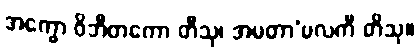
အက္ခော ဝိဘီတကော တီသု၊ အမတာ’မလကီ တိသု။